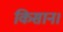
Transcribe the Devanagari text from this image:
किसान।